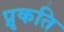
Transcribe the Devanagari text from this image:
प्रृकति